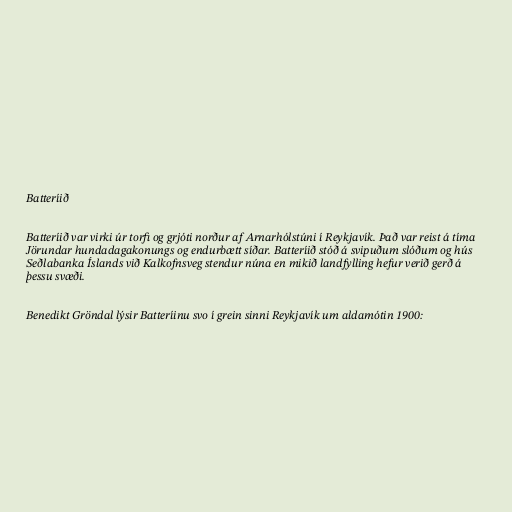
Batteríið

Batteríið var virki úr torfi og grjóti norður af Arnarhólstúni í Reykjavík. Það var reist á tíma
Jörundar hundadagakonungs og endurbætt síðar. Batteríið stóð á svipuðum slóðum og hús
Seðlabanka Íslands við Kalkofnsveg stendur núna en mikið landfylling hefur verið gerð á
þessu svæði.

Benedikt Gröndal lýsir Batteríinu svo í grein sinni Reykjavík um aldamótin 1900: